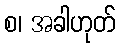
စ၊ အခါဟုတ်